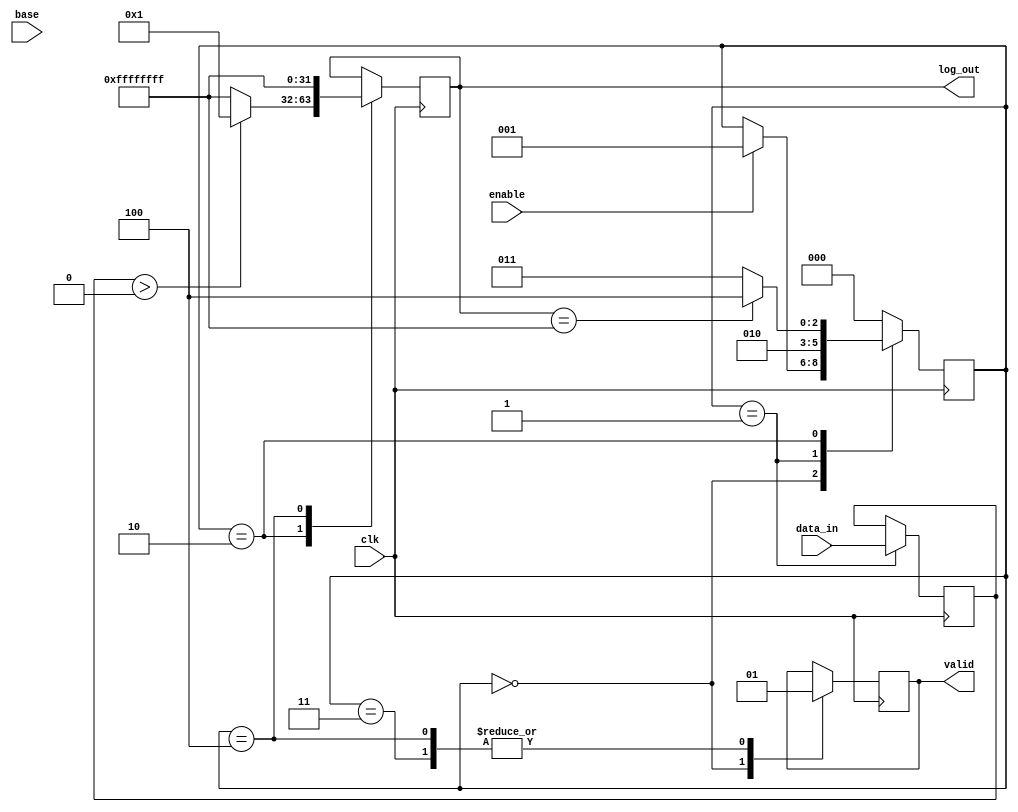
module LogarithmicUnit (
    input wire [31:0] data_in,   // Fixed-point or floating-point input
    input wire [31:0] base,       // Base for logarithm (e.g., log2, log10)
    input wire enable,            // Control signal to initiate calculation
    input wire clk,               // Clock signal
    output reg [31:0] log_out,    // Output of logarithm calculation
    output reg valid              // Output valid signal
);

// Internal state variables
reg [2:0] state;                // State variable for FSM
reg [31:0] normalized_data;     // Normalized input data
reg error_flag;                 // Error flag for undefined cases

// State encoding
localparam IDLE = 3'b000;
localparam NORMALIZE = 3'b001;
localparam CALCULATE = 3'b010;
localparam OUTPUT = 3'b011;
localparam ERROR = 3'b100;

// Logarithm calculation function (placeholder)
function [31:0] calculate_log;
    input [31:0] data;
    input [31:0] log_base;
    begin
        // Placeholder for actual logarithm calculation
        // Implement using CORDIC, Taylor series, or LUT as needed
        // Here we simply return a dummy value for demonstration
        if (data > 0) begin
            calculate_log = 32'h00000001; // Dummy value
        end else begin
            calculate_log = 32'hFFFFFFFF; // Indicating error
        end
    end
endfunction

// Sequential logic for state machine
always @(posedge clk) begin
    case (state)
        IDLE: begin
            valid <= 0;
            if (enable) begin
                state <= NORMALIZE;
            end
        end
        
        NORMALIZE: begin
            // Normalization logic (simplified)
            // Assuming data_in is in a proper range
            normalized_data <= data_in; // Placeholder for actual normalization
            state <= CALCULATE;
        end
        
        CALCULATE: begin
            log_out <= calculate_log(normalized_data, base);
            if (log_out == 32'hFFFFFFFF) begin
                error_flag <= 1; // Set error flag
                state <= ERROR;
            end else begin
                error_flag <= 0;
                state <= OUTPUT;
            end
        end
        
        OUTPUT: begin
            valid <= 1; // Output is valid
            state <= IDLE; // Go back to idle
        end
        
        ERROR: begin
            // Handle error case, output undefined log
            log_out <= 32'hFFFFFFFF; // Indicating error
            valid <= 1; // Output is valid even in error case
            state <= IDLE; // Go back to idle
        end
        
        default: state <= IDLE; // Safety default
    endcase
end

// Initial state
initial begin
    state = IDLE;
    valid = 0;
    error_flag = 0;
end

endmodule